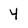
Character: 4